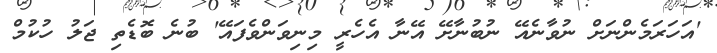
'އަހަރަމެންނަށް ނުވާނެއޭ ނުބުނާށޭ އޭނާ އެހެރީ މިނިވަންވެފައޭ' ބުނެ ބޮޑެތި ޖަލު ހުކުމް